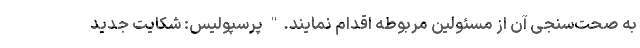
به صحت‌سنجی آن از مسئولین مربوطه اقدام نمایند." پرسپولیس: شکایت جدید